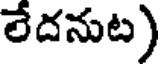
లేదనుట)